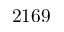
2 1 6 9